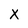
Character: X